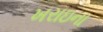
ખરાઇના